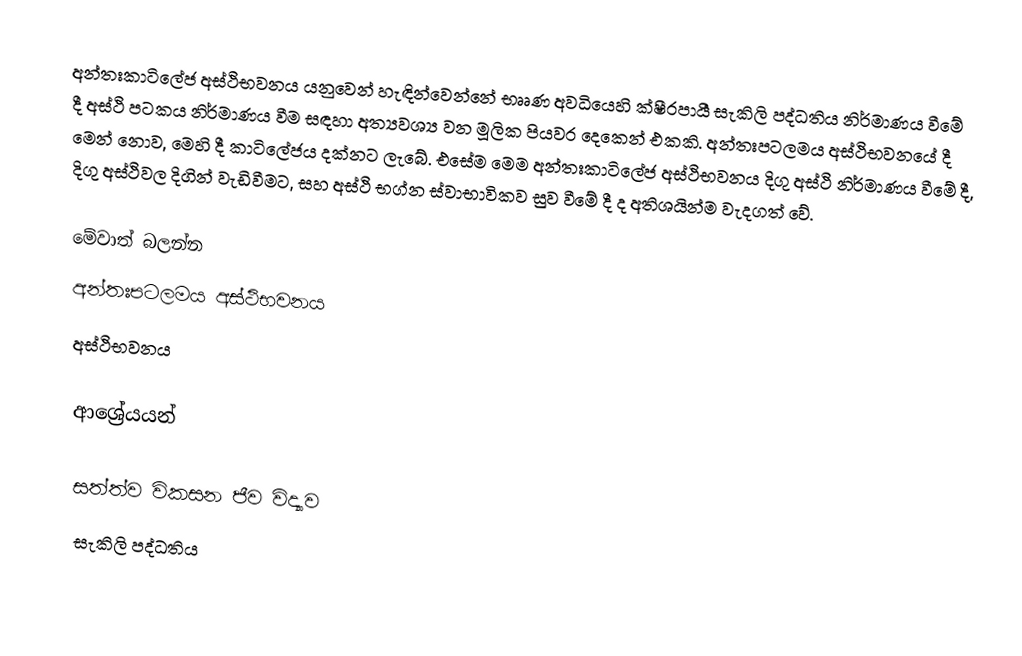
අන්තඃකාටිලේජ අස්ථිභවනය යනුවෙන් හැඳින්වෙන්නේ භෲණ අවධියෙහි ක්ෂීරපායී සැකිලි පද්ධතිය නිර්මාණය වීමේ දී අස්ථි පටකය නිර්මාණය වීම සඳහා අත්‍යවශ්‍ය වන මූලික පියවර දෙකෙන් එකකි. අන්තඃපටලමය අස්ථිභවනයේ දී මෙන් නොව, මෙහි දී කාටිලේජය දක්නට ලැබේ. එසේම මෙම අන්තඃකාටිලේජ අස්ථිභවනය  දිගු අස්ථි නිර්මාණය  වීමේ දී, දිගු අස්ථිවල දිගින් වැඩිවීමට, සහ අස්ථි භග්න ස්වාභාවිකව සුව වීමේ දී ද අතිශයින්ම වැදගත් වේ.

මේවාත් බලන්න
අන්තඃපටලමය අස්ථිභවනය
අස්ථිභවනය

ආශ්‍රේයයන්

සත්ත්ව විකසන ජීව විද්‍යාව
සැකිලි පද්ධතිය